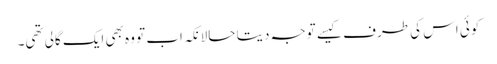
کوئی اس کی طرف کیسے توجہ دیتا حالانکہ اب تو وہ بھی ایک گالی تھی۔